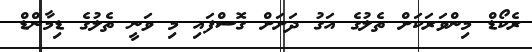
ރެކޯޑް މިންވަރަކަށް ތެލުގެ އަގު ދަށަށް ގޮސްފައި މި ވަނީ ތެލުގެ ޑިމާންޑް